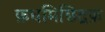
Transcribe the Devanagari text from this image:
फ़धमिछिद्रफ़